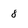
Character: 8